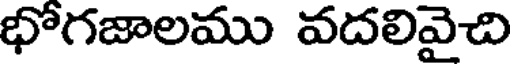
భోగజాలము వదలివైచి